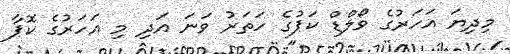
މިދިޔަ އަހަރުގެ ވޯލްޑް ކަޕުގެ ހަތަރު ވަނަ އަދި މި އަހަރުގެ ކޮޕާ